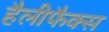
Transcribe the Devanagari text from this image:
हैलीफैक्स